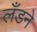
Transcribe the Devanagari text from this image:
लँडने